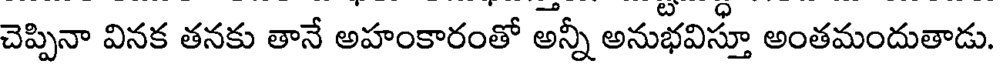
చెప్పినా వినక తనకు తానే అహంకారంతో అన్నీ అనుభవిస్తూ అంతమందుతాడు.